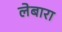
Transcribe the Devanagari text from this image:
लेबारा